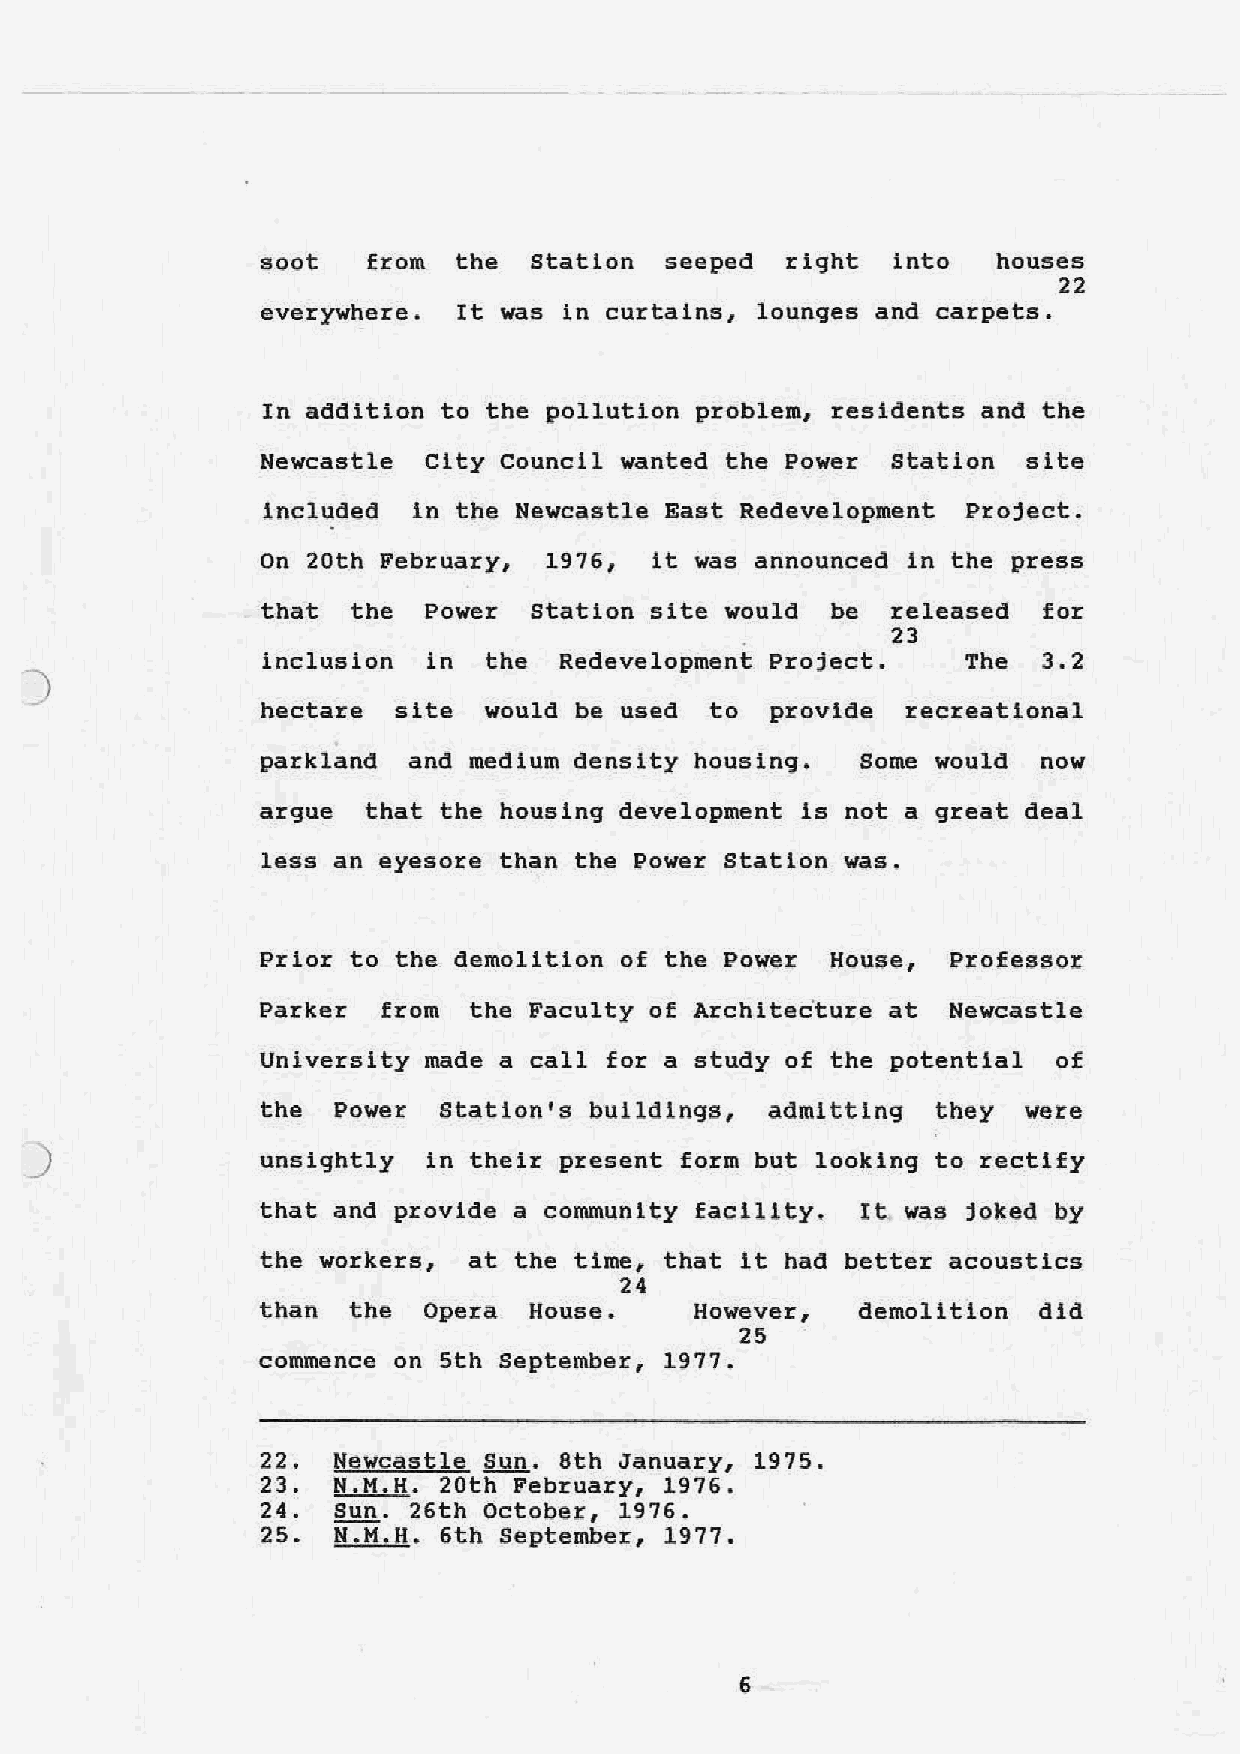
soot   from  the  station  seeped  right  into   houses
 22
 everywhere.  It was in curtains, lounges and carpets.
 In addition to the pollution problem, residents and the
 Newcastle  City Council wanted the Power  station  site
 included  in the Newcastle East Redevelopment  Project.
 on 20th February,  1976,  it was announced ln the p~ess
 that  the  Power  Station site would  be  released  for
 23
 inclusion  in  the  Redevelopment Project.     The  3.2
 )
 hectare  site  would be used  to  provide  recreational
 parkland  and medium density housin9.   Some would  now
 argue  that the housing development is not a great deal
 less an eyesore than the Power Station was.
 Prior to the demolition of the Power  House,  Professor
 Parker  from  the Faculty of Architec'ture at Newcastle
 University made a call for a study of the potential  of
 the  Power  station's buildings,  admitting  they  were
 )
 unsightly  in their present form but looking to rectify
 that and provide a community facility.  It was joked by
 the workers,  at the time, that it had better acoustics
 24
 than  the  Opera  House.     However,   demolition  did
 25
 commence on 5th September, 1977.
 22.  Newcastle Sun. 8th January, 1975.
 23.  N.M.H. 20th February, 1976.
 24.  sun. 26th October, 1976.
 25.  N.M.H. 6th September, 1977.
 6